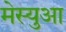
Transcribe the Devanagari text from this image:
मेस्युआ